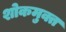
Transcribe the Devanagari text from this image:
शोकमुक्त